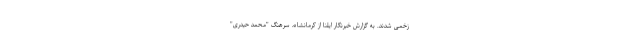
زخمی شدند. به گزارش خبرنگار ایلنا از کرمانشاه، سرهنگ "محمد حیدری"